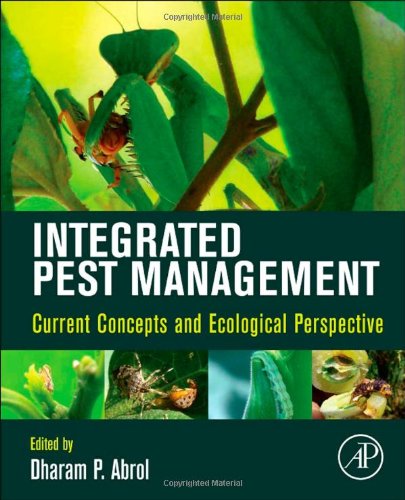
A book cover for Integrated Pest Management: Current Concepts and Ecological Perspective; Science & Math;